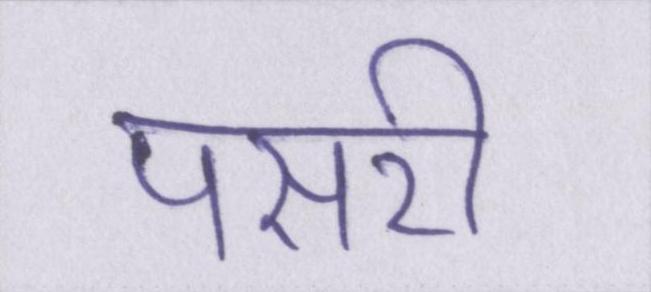
पसरी